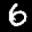
Label: 6